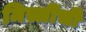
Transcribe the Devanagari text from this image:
मिस्त्रींची